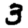
Digit: 3